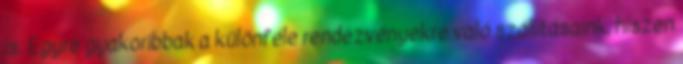
is. Egyre gyakoribbak a különféle rendezvényekre való szállításaink, hiszen